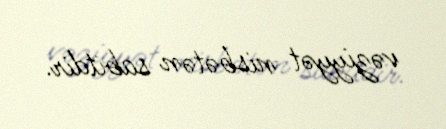
vəziyyət nisbətən sabitdir.